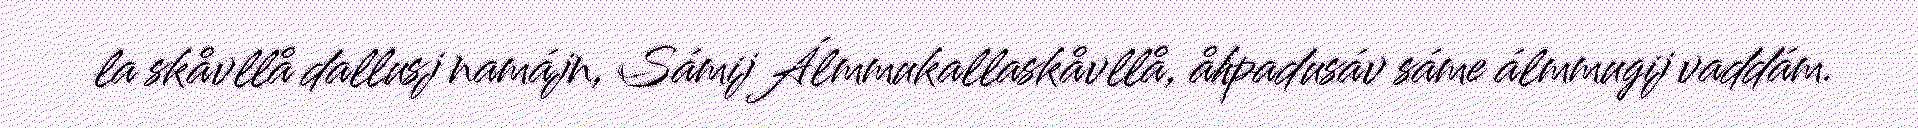
la skåvllå dallusj namájn, Sámij Álmmukallaskåvllå, åhpadusáv sáme álmmugij vaddám.